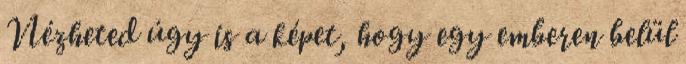
Nézheted úgy is a képet, hogy egy emberen belül